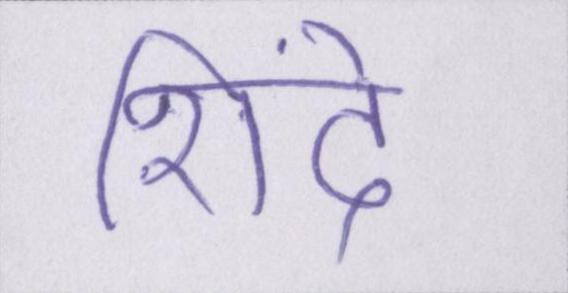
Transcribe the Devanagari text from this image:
शिंदे